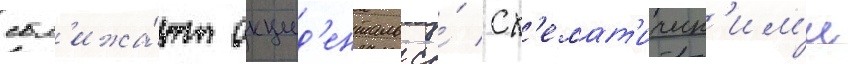
сбл'ижа́ют окцид'енталь со́ сх'емат'ическ'им'и